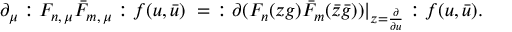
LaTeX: \partial _ { \mu } : F _ { n , \, \mu } \bar { F } _ { m , \, \mu } : f ( u , \bar { u } ) \ = \ : \partial ( F _ { n } ( z g ) \bar { F } _ { m } ( \bar { z } \bar { g } ) ) | _ { z = \frac { \partial } { \partial u } } : f ( u , \bar { u } ) .